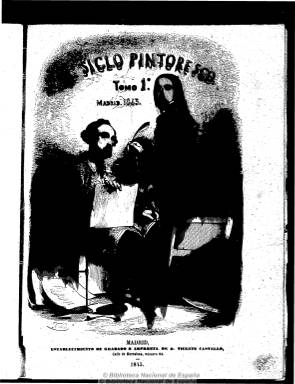
Título: El Siglo pintoresco
Colección: Semanarios de amenidades
Ámbito geográfico: Madrid
Lugar de publicación: Madrid
Fechas: 01/04/1845-31/01/1848

Subtitulado “periódico universal, ameno e instructivo, al alcance de todas las clases”, es una publicación enmarcada en el movimiento romántico y costumbrista español y de carácter ilustrado, fundada por Vicente Castelló, quien la dirige en su parte artística y la imprime en su Establecimiento de Grabado. También aparece estampada y editada por Baltasar González, con quien se asociará Castelló. Sus co-directores literarios serán los destacados escritores y periodistas Francisco Navarro Villoslada (1818-1895) y Ángel Fernández de los Ríos (1821-1880), además de M.M. Bartolomé.

Comienza a publicarse en abril de 1845, en números mensuales de, generalmente, 24 páginas, hasta enero de 1848. Su plan es seguir los modelos de publicaciones similares alemanas, inglesas y francesas, y mantiene el mismo formato y diseño que el Semanario pintoresco español (1836-1857), en el que quedará absorbido, con textos a dos columnas de diverso contenido y una docena de grabados por número.

Publica artículos y crónicas de viajes, literatura, bellas artes, biografías, arqueología y antigüedades, historia, costumbres, educación, moral, comercio, geografía, bibliografía, ciencia, etc.; de creación literaria, especialmente novelas históricas y cuentos, así como composiciones poéticas (romances, etc.). Una de sus secciones fijas es una crónica mensual o revista de los acontecimientos nacionales y extranjeros de carácter social y cultural, sin profundizar en las cuestiones políticas.

Junto a los textos inserta dibujos y grabados de vistas, paisajes, edificios singulares y monumentales, retratos de personajes célebres clásicos y contemporáneos, escenas, dibujos alegóricos y caricaturas, principalmente de Castelló, pero también de otros dibujantes y grabadores españoles de la época.

Además de las firmas de sus directores literarios, especialmente de Villoslada, aparecen las de colaboradores, entre otros, de Francisco de Paula Madrazo, A. Ferrer del Río, Gabino Tejado, Carolina Coronado, Rafael Mitjana de las Doblas, Ramón Navarrete, Rafael Monje, José de Grijalva, J. Amador de lo Ríos y J.E. Hartzenbusch.